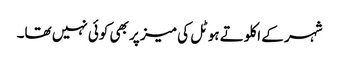
شہر کے اکلوتے ہوٹل کی میز پر بھی کوئی نہیں تھا۔